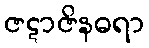
ဇဋာဇိနဓရာ